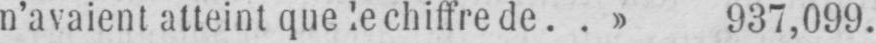
n’avaient atteint que le chiffre de..» 937,099.